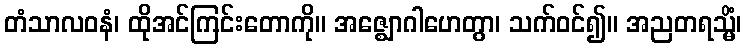
တံသာလဝနံ၊ ထိုအင်ကြင်းတောကို။ အဇ္ဈောဂါဟေတွာ၊ သက်ဝင်၍။ အညတရသ္မိံ၊